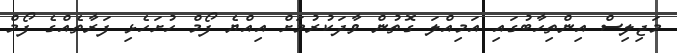
މަޖިލިސް އިންތިހާބުގައި އަމިއްލަ ގޮތުން ވާދަކުރުމަށް އިއްޔެ ފޯމް ހުށަހެޅި ފަރާތެއްގެ ފޯމް